Black-water fever - Number 35
Disease focus: Fever
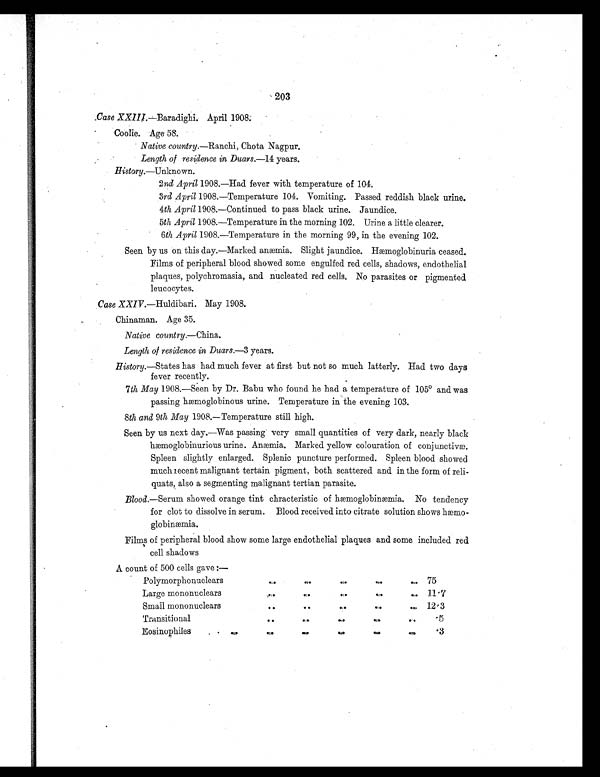
203
Case XXIII.— Baradighi. April 1908
.
Coolie. Age 58.
Native country. —Ranchi, Chota Nagpur.
Length of residence in Duars.— 14 years.
History.—Unknown.
2nd April 1908.—Had fever with temperature of 104.
3rd April 1908.—Temperature 104. Vomiting. Passed reddish black urine.
4th April 1908.—Continued to pass black urine. Jaundice.
5th April 1908.—Temperature in the morning 102. Urine a little clearer.
6th April 1908.—Temperature in the morning 99, in the evening 102.
Seen by us on this day.—Marked anæmia. Slight jaundice. Hæmoglobinuria ceased.
Films of peripheral blood showed some engulfed red cells, shadows, endothelial
plaques, polychromasia, and nucleated red cells. No parasites or pigmented
leucocytes.
Case XXIV. —Huldibari. May 1908.
Chinaman. Age 35.
Native country.—China.
Length of residence in Duars.— 3 years.
History.—States has had much fever at first but not so much latterly. Had two days
fever recently.
7th May 1908.—Seen by Dr. Babu who found he had a temperature of 105° and was
passing hæmoglobinous urine. Temperature in the evening 103.
8th and 9th May 1908.—Temperature still high.
Seen by us next day.—Was passing very small quantities of very dark, nearly black
hæmoglobinurious urine. Anæmia. Marked yellow colouration of conjunctivæ.
Spleen slightly enlarged. Splenic puncture performed. Spleen blood showed
much recent malignant tertain pigment, both scattered and in the form of reli-
quats, also a segmenting malignant tertian parasite.
Blood. —Serum showed orange tint chracteristic of hæmoglobinæmia. No tendency
for clot to dissolve in serum. Blood received into citrate solution shows hæmo-
globinæmia.
Films of peripheral blood show some large endothelial plaques and some included red
cell shadows
A count of 500 cells gave:—
Polymorphonuclears
. . . .
. .
. .
. .
. . 75
Large mononuclears
. . . .
. .
. .
. .
. . 11.7
Small mononuclears
. . . .
. .
. .
. .
. . 12.3
Transitiona
. .
. .
. .
. .
. .
. .
. 5
Eosinophiles
. .
. .
. .
. .
. .
. .
.3